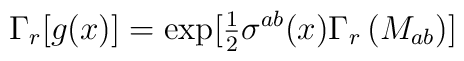
\Gamma_{r}[g(x)]={\rm exp}[{\textstyle\frac{1}{2}} \sigma^{ab}(x)\Gamma_{r}\left(M_{ab}\right)]